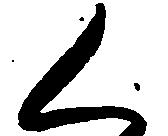
く